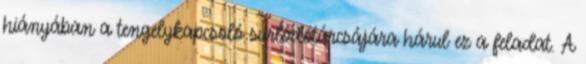
hiányában a tengelykapcsoló surlódótárcsájára hárul ez a feladat. A